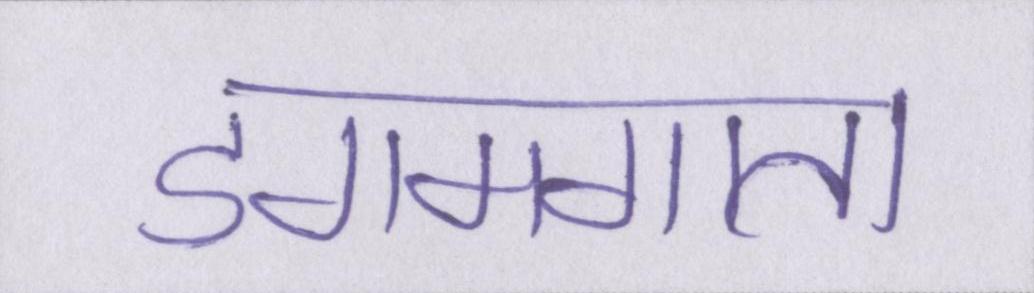
डगमगाता